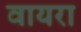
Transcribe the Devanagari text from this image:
वायरा